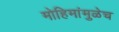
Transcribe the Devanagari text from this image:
मोहिमांमुळेच